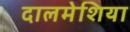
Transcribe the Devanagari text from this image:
दालमेशिया